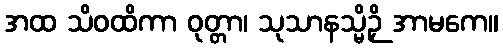
အထ သိဝထိကာ ဝုတ္တာ၊ သုသာနသ္မိဉှိ အာမကေ။